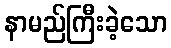
နာမည်ကြီးခဲ့သော